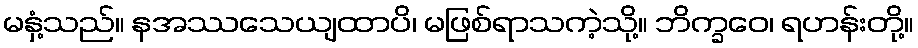
မနှံ့သည်။ နအဿသေယျထာပိ၊ မဖြစ်ရာသကဲ့သို့။ ဘိက္ခဝေ၊ ရဟန်းတို့။